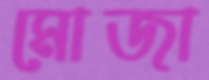
মোজা